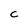
Character: C